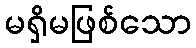
မရှိမဖြစ်သော